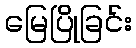
မြေပြိုခြင်း